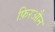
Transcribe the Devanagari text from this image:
फ़िरऔन